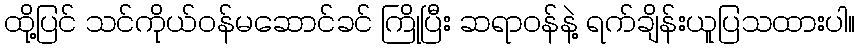
ထို့ပြင် သင်ကိုယ်ဝန်မဆောင်ခင် ကြိုပြီး ဆရာဝန်နဲ့ ရက်ချိန်းယူပြသထားပါ။